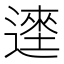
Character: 𰻎